Malaria in the Punjab - Number 46
Disease focus: Malaria
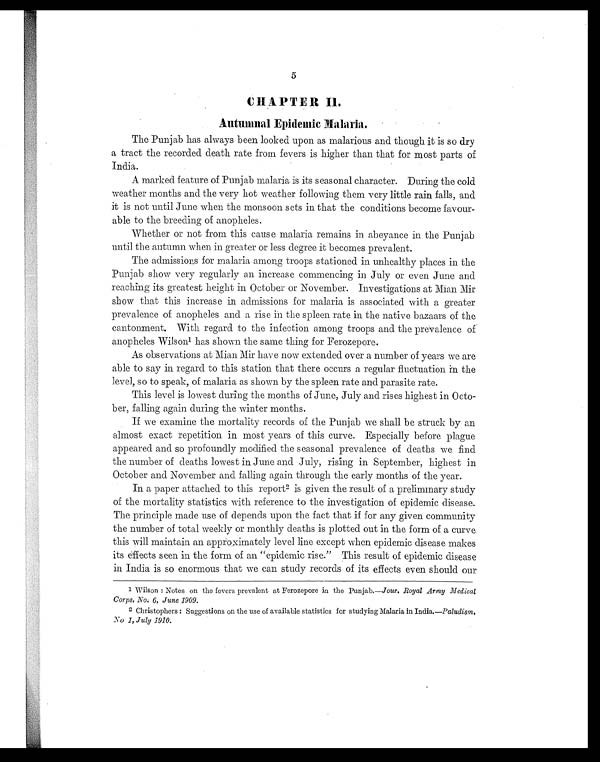
5
CHAPTER II.
Autumnal Epidemic Malaria.
The Punjab has always been looked upon as malarious and though it is so dry
a tract the recorded death rate from fevers is higher than that for most parts of
India.
A marked feature of Punjab malaria is its seasonal character. During the cold
weather months and the very hot weather following them very little rain falls, and
it is not until June when the monsoon sets in that the conditions become favour-
able to the breeding of anopheles.
Whether or not from this cause malaria remains in abeyance in the Punjab
until the autumn when in greater or less degree it becomes prevalent.
The admissions for malaria among troops stationed in unhealthy places in the
Punjab show very regularly an increase commencing in July or even June and
reaching its greatest height in October or November. Investigations at Mian Mir
show that this increase in admissions for malaria is associated with a greater
prevalence of anopheles and a rise in the spleen rate in the native bazaars of the
cantonment. With regard to the infection among troops and the prevalence of
anopheles Wilson1 h a s s h o w n t h e s a m e t h i n g f o r F e r o z e p o r e .
As observations at Mian Mir have now extended over a number of years we are
able to say in regard to this station that there occurs a regular fluctuation in the
level, so to speak, of malaria as shown by the spleen rate and parasite rate.
This level is lowest during the months of June, July and rises highest in Octo-
ber, falling again during the winter months.
If we examine the mortality records of the Punjab we shall be struck by an
almost exact repetition in most years of this curve. Especially before plague
appeared and so profoundly modified the seasonal prevalence of deaths we find
the number of deaths lowest in June and July, rising in September, highest in
October and November and falling again through the early months of the year.
In a paper attached to this report2 i s g i v e n t h e r e s u l t o f a p r e l i m i n a r y s t u d y
of the mortality statistics with reference to the investigation of epidemic disease.
The principle made use of depends upon the fact that if for any given community
the number of total weekly or monthly deaths is plotted out in the form of a curve
this will maintain an approximately level line except when epidemic disease makes
its effects seen in the form of an "epidemic rise." This result of epidemic disease
in India is so enormous that we can study records of its effects even should our
1 Wilson : Notes on the fevers prevalent at Ferozepore in the Punjab.— Jour. Royal Army Medical
Corps, No. 6, June 1909.
2 Christophers : Suggestions on the use of available statistics for studying Malaria in India.— Paludism,
No 1, July 1910.